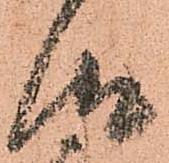
汰